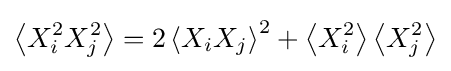
\left\langle X_{i}^{2}X_{j}^{2}\right\rangle =2\left\langle X_{i}X_{j}\right\rangle ^{2}+\left\langle X_{i}^{2}\right\rangle \left\langle X_{j}^{2}\right\rangle